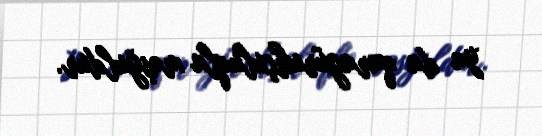
ya da qaragüruhçuluqla məşğuldur.